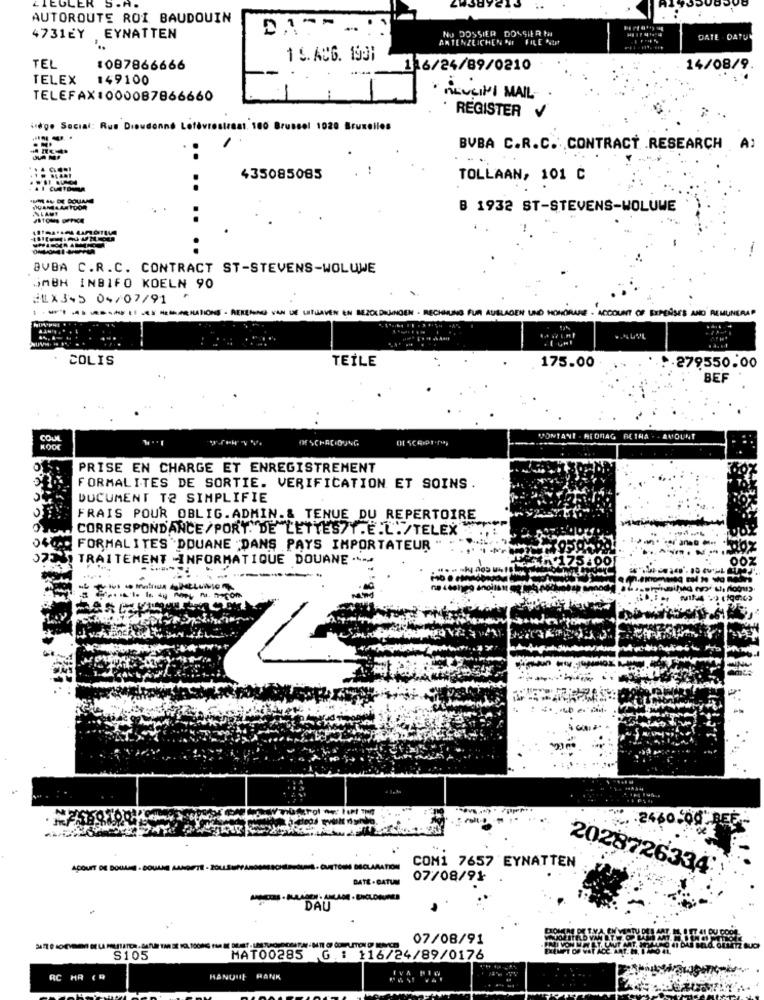
ZIEGLER
AUTOROUTE ROI BAUDOUIN
NO DOSSIER DOSSIER Na
4731EY EYNATTEN
AKTENZEICHEN OF FILE P
DATE . OATUR
1 S. AUG. 1991
TEL
1087866666
116/24/89/0210
14/08/9
TELEX
149100
TELEFAX1000087866660
MEVSIMI MAIL
REGISTER
idg. Social: Rus Dieudonne Lefèvre
81. 100 Brussel 1020 Bruxelles
BVBA C.R.C. CONTRACT RESEARCH A:
435085085
TOLLAAN, 101 C
AI CATOUMA
DIGAM4AM YOOR
B 1932 ST-STEVENS-WOLUWE
..
BVBA C.R.C. CONTRACT ST-STEVENS-WOLUWE
JMBH INBIFO KOELN 90
SLX3.5 04/07/91
REKENING
UNERAR
N . RECHNUNG FUR AUSLAGEN UND MOSTRARE . ACCOUNT OF EXPENSES AND
COLIS
TEİLE
175.00
... 279550.00
BEF
COUL
WESCHADIDUNG
PONTANI . REDMAG BETHA . . AMOUNT
KOOL
PRISE EN CHARGE ET ENREGISTREMENT
FORMALITES DE SORTIE. VERIFICATION ET SOINS.
DOCUMENT T2 SIMPLIFIE
FRAIS POUR OBLIG.ADMIN.& TENUE DU REPERTOIRE
CORRESPONDANCE/PORY. DE LETTES/T . E .L./TELEX
FORMALITES `DOUANE "DANS PAYS IMPORTATEUR
TRAITEMENT -INFORMATIQUE DOUANE .-
. . 2460.00"BEE
ACOURT DE DOUANE - DOUANE MANGE
COM1 7657 EYNATTEN
2028726334:
DATE - DATUM
07/08/91
DAU
07/08/91
S105
MAT00285 G .: 116/24/89/0176
RC HA ( R
HANQUE RANK
IVA PIN